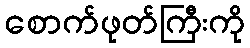
စောက်ဖုတ်ကြီးကို